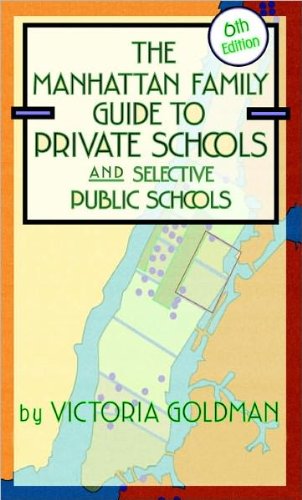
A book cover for Manhattan Family Guide to Private Schools and Selective Public Schools (text only) 6th (Sixth) edition by V. Goldman; V. Goldman; Test Preparation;